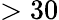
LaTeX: >30